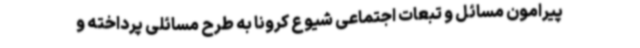
پیرامون مسائل و تبعات اجتماعی شیوع کرونا به طرح مسائلی پرداخته و